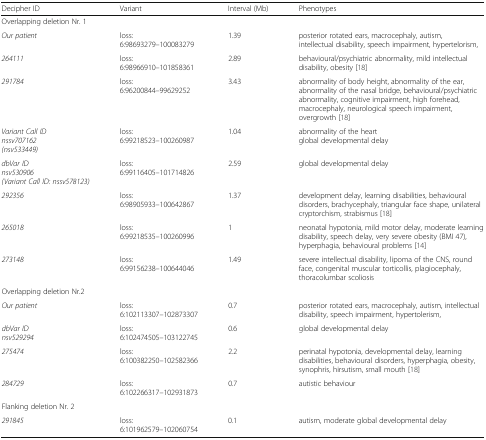
<table><thead><tr><td><b>Decipher ID</b></td><td><b>Variant</b></td><td><b>Interval (Mb)</b></td><td><b>Phenotypes</b></td></tr></thead><tbody><tr><td colspan="4">Overlapping deletion Nr. 1</td></tr><tr><td><i>Our patient</i></td><td>loss:6:98693279–100083279</td><td>1.39</td><td>posterior rotated ears, macrocephaly, autism, intellectual disability, speech impairment, hypertelorism,</td></tr><tr><td><i>264111</i></td><td>loss:6:98966910–101858361</td><td>2.89</td><td>behavioural/psychiatric abnormality, mild intellectual disability, obesity [18]</td></tr><tr><td><i>291784</i></td><td>loss:6:96200844–99629252</td><td>3.43</td><td>abnormality of body height, abnormality of the ear, abnormality of the nasal bridge, behavioural/psychiatric abnormality, cognitive impairment, high forehead, macrocephaly, neurological speech impairment, overgrowth [18]</td></tr><tr><td><i>Variant Call ID</i><i>nssv707162</i><i>(nsv533449)</i></td><td>loss:6:99218523–100260987</td><td>1.04</td><td>abnormality of the heartglobal developmental delay</td></tr><tr><td><i>dbVar ID</i><i>nsv530906</i><i>(Variant Call ID: nssv578123)</i></td><td>loss:6:99116405–101714826</td><td>2.59</td><td>global developmental delay</td></tr><tr><td><i>292356</i></td><td>loss:6:98905933–100642867</td><td>1.37</td><td>development delay, learning disabilities, behavioural disorders, brachycephaly, triangular face shape, unilateral cryptorchism, strabismus [18]</td></tr><tr><td><i>265018</i></td><td>loss:6:99218535–100260996</td><td>1</td><td>neonatal hypotonia, mild motor delay, moderate learning disability, speech delay, very severe obesity (BMI 47), hyperphagia, behavioural problems [14]</td></tr><tr><td><i>273148</i></td><td>loss:6:99156238–100644046</td><td>1.49</td><td>severe intellectual disability, lipoma of the CNS, round face, congenital muscular torticollis, plagiocephaly, thoracolumbar scoliosis</td></tr><tr><td colspan="4">Overlapping deletion Nr.2</td></tr><tr><td><i>Our patient</i></td><td>loss:6:102113307–102873307</td><td>0.7</td><td>posterior rotated ears, macrocephaly, autism, intellectual disability, speech impairment, hypertolerism,</td></tr><tr><td><i>dbVar ID</i><i>nsv529294</i></td><td>loss:6:102474505–103122745</td><td>0.6</td><td>global developmental delay</td></tr><tr><td><i>275474</i></td><td>loss:6:100382250–102582366</td><td>2.2</td><td>perinatal hypotonia, developmental delay, learning disabilities, behavioural disorders, hyperphagia, obesity, synophris, hirsutism, small mouth [18]</td></tr><tr><td><i>284729</i></td><td>loss:6:102266317–102931873</td><td>0.7</td><td>autistic behaviour</td></tr><tr><td colspan="4">Flanking deletion Nr. 2</td></tr><tr><td><i>291845</i></td><td>loss:6:101962579–102060754</td><td>0.1</td><td>autism, moderate global developmental delay</td></tr></tbody></table>